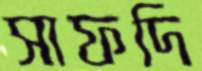
সাফদি